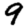
Digit: 9